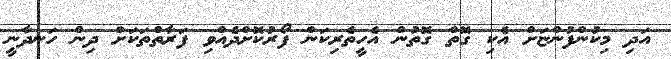
އަދި މިކުންފުންޏަށް އެކި ގޮތް ގޮތުން އެހީތެރިކަން ފޯރުކޮށްދެއްވި ފަަރާތްތަކަށް ދިން ހަނދާނީ